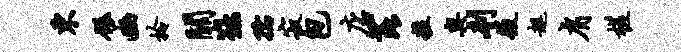
东碾豳拎关鞍孺寂包店芘粒奥刳役趄肩槎